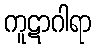
ကူဋာဂါရာ